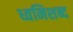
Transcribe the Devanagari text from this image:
ध्वनिशब्द